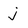
Character: j